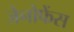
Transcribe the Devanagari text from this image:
जेनोफेंस